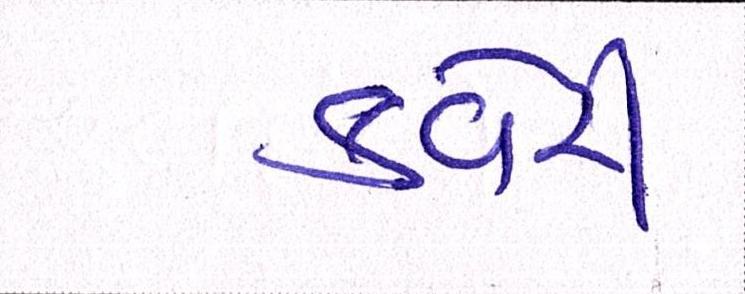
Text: કવેરી